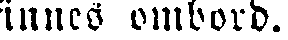
finnes ombord.